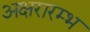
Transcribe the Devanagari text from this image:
अक्षरारम्भ